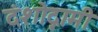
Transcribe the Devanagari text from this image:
दंशोद्गामी